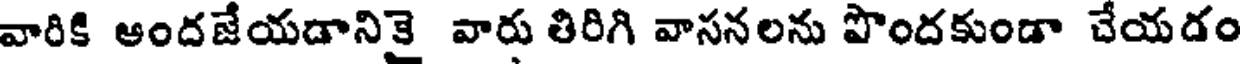
వారికి ఆందజేయడానికై వారు తిరిగి వాసనలను పొందకుండా చేయదం